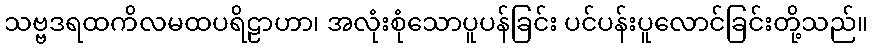
သဗ္ဗဒရထကိလမထပရိဠာဟာ၊ အလုံးစုံသောပူပန်ခြင်း ပင်ပန်းပူလောင်ခြင်းတို့သည်။